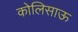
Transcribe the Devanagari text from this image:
कोलिसाऊ